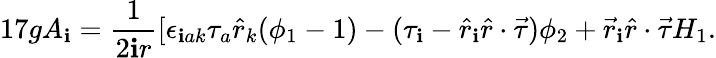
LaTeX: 17gA_{\mathbf{i}}=\frac{{1}}{{2\mathbf{i}r}}[\epsilon_{\mathbf{i}ak}\tau_{a}\hat{{r}}_{k}(\phi_{1}-1)-(\tau_{\mathbf{i}}-\hat{{r}}_{\mathbf{i}}\hat{{r}}\cdot\vec{{\tau}})\phi_{2}+\vec{{r}}_{\mathbf{i}}\hat{{r}}\cdot\vec{{\tau}}H_{1}.